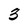
Character: 3